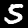
Digit: 5